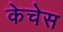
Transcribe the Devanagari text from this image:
केचेस